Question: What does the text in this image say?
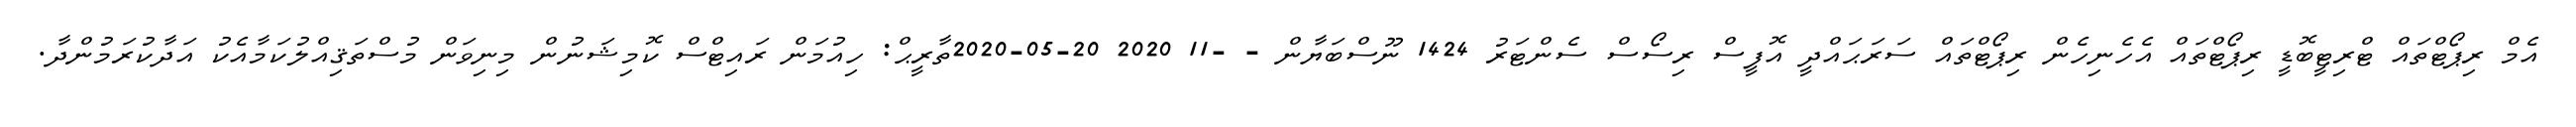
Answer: އެމް ރިޕޯޓްތައް ޓްރިޓީބޮޑީ ރިޕޯޓްތައް އެހެނިހެން ރިޕޯޓްތައް ސަރަޙައްދީ އޮފީސް ރިސޯސް ސެންޓަރު 1424 ނޫސްބަޔާން - -11 2020 20-05-2020ތާރީޙް: ހިއުމަން ރައިޓްސް ކޮމިޝަނުން މިނިވަން މުސްތަޤިއްލުކަމާއެކު އަދާކުރަމުންދާ.